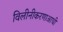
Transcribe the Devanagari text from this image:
विलीनीकरणाआधी